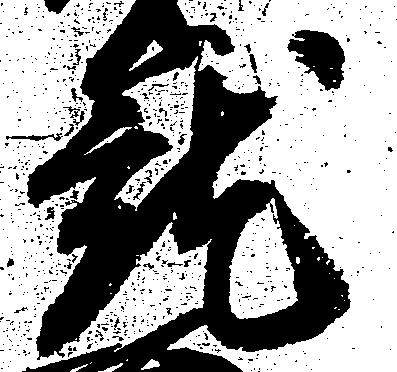
就